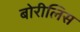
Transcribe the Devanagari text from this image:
बोरीलिस